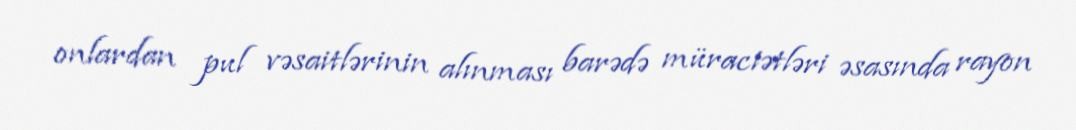
onlardan pul vəsaitlərinin alınması barədə müraciətləri əsasında rayon